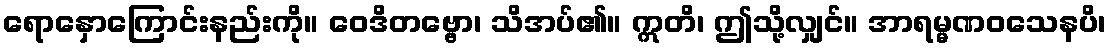
ရောနှောကြောင်းနည်းကို။ ဝေဒိတဗ္ဗော၊ သိအပ်၏။ ဣတိ၊ ဤသို့လျှင်။ အာရမ္မဏဝသေနပိ၊